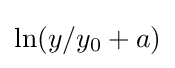
\ln(y/y_{0}+a)